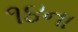
૧૪ના